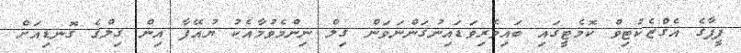
ފީފާގެ އެގްޒެކުޓިވް ކޮމެޓީގައި ބައިވެރިވަޑައިނުގަންނަވަން ގިލް ނިންމެވުމާއެކު ޔުއޭފާ އިން ގިލްގެ ގޮނޑިއަށް